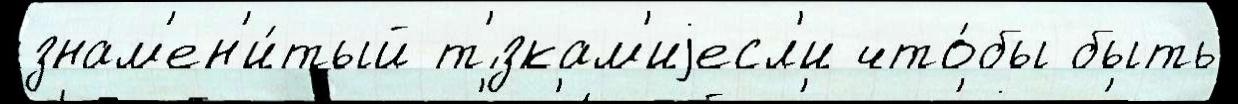
знам'ен'и́тый т'́зкам'иjесл'и что́бы быть